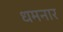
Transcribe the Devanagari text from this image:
धमनार